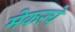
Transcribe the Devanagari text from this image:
मेकरचे